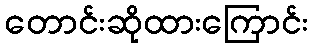
တောင်းဆိုထားကြောင်း